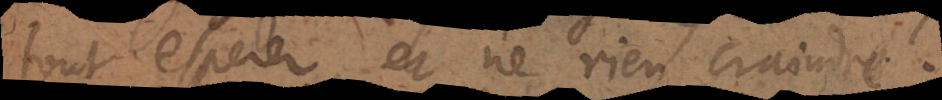
tout esperer, et ne rien craindre.